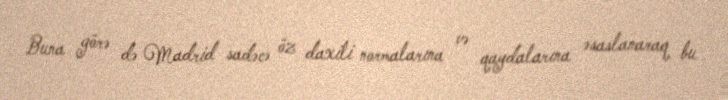
Buna görə də Madrid sadəcə öz daxili normalarına və qaydalarına əsaslanaraq bu